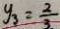
y _ { 3 } = \frac { 2 } { 3 }